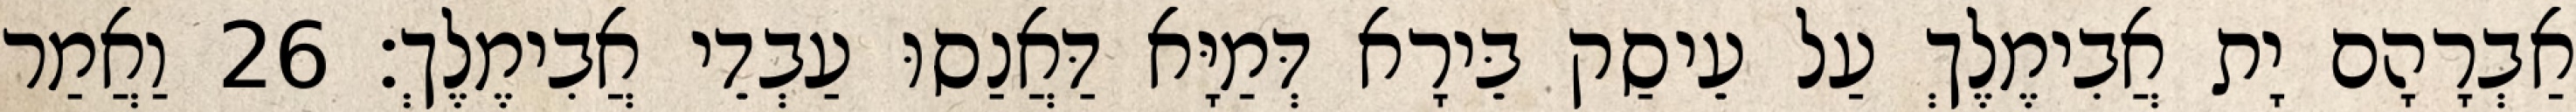
אַבְרָהָם יָת אֲבִימֶלֶךְ עַל עֵיסַק בֵּירָא דְּמַיָּא דַּאֲנַסוּ עַבְדֵי אֲבִימֶלֶךְ׃ 26 וַאֲמַר